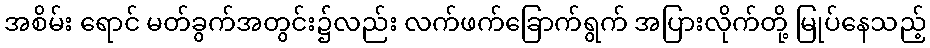
အစိမ်း ရောင် မတ်ခွက်အတွင်း၌လည်း လက်ဖက်ခြောက်ရွက် အပြားလိုက်တို့ မြုပ်နေသည့်